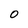
Character: 0